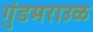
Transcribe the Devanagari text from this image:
गुंडमराउळ